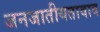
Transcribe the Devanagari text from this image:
जनजातीयतावाद